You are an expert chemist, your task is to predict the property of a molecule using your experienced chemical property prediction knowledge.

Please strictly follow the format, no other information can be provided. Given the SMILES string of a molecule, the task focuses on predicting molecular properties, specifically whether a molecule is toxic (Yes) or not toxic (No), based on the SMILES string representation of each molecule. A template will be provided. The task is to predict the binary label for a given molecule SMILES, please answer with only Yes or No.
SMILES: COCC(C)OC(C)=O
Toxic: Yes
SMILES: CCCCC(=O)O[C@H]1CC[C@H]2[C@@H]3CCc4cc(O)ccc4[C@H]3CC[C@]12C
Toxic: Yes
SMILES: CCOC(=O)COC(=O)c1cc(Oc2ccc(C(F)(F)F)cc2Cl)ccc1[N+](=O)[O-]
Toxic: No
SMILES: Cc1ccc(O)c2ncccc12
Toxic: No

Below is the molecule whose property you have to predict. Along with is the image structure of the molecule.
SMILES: N#CC(C#N)=C(C#N)C#N
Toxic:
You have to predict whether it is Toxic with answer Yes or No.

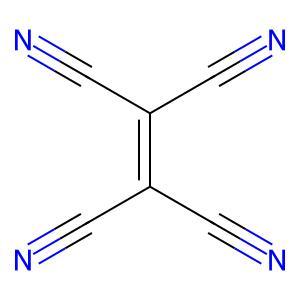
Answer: No